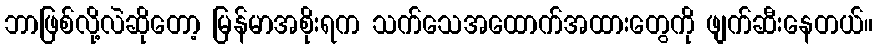
ဘာဖြစ်လို့လဲဆိုတော့ မြန်မာအစိုးရက သက်သေအထောက်အထားတွေကို ဖျက်ဆီးနေတယ်။